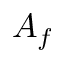
A _ { f }